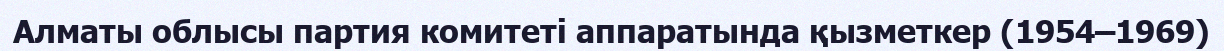
Алматы облысы партия комитеті аппаратында қызметкер (1954–1969)